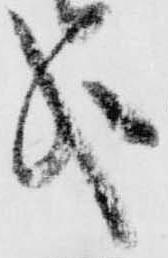
哉